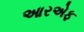
આરએફ